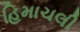
હિમાચલી